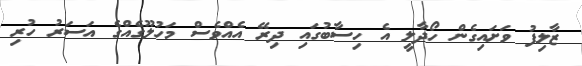
ޒާލިފު ވަށައިގެން ހޯދާލީ އެ ހިސާބުގައި ދިރޭ އެއްވެސް މަހުލޫގެއްގެ އަސަރު ހުރި